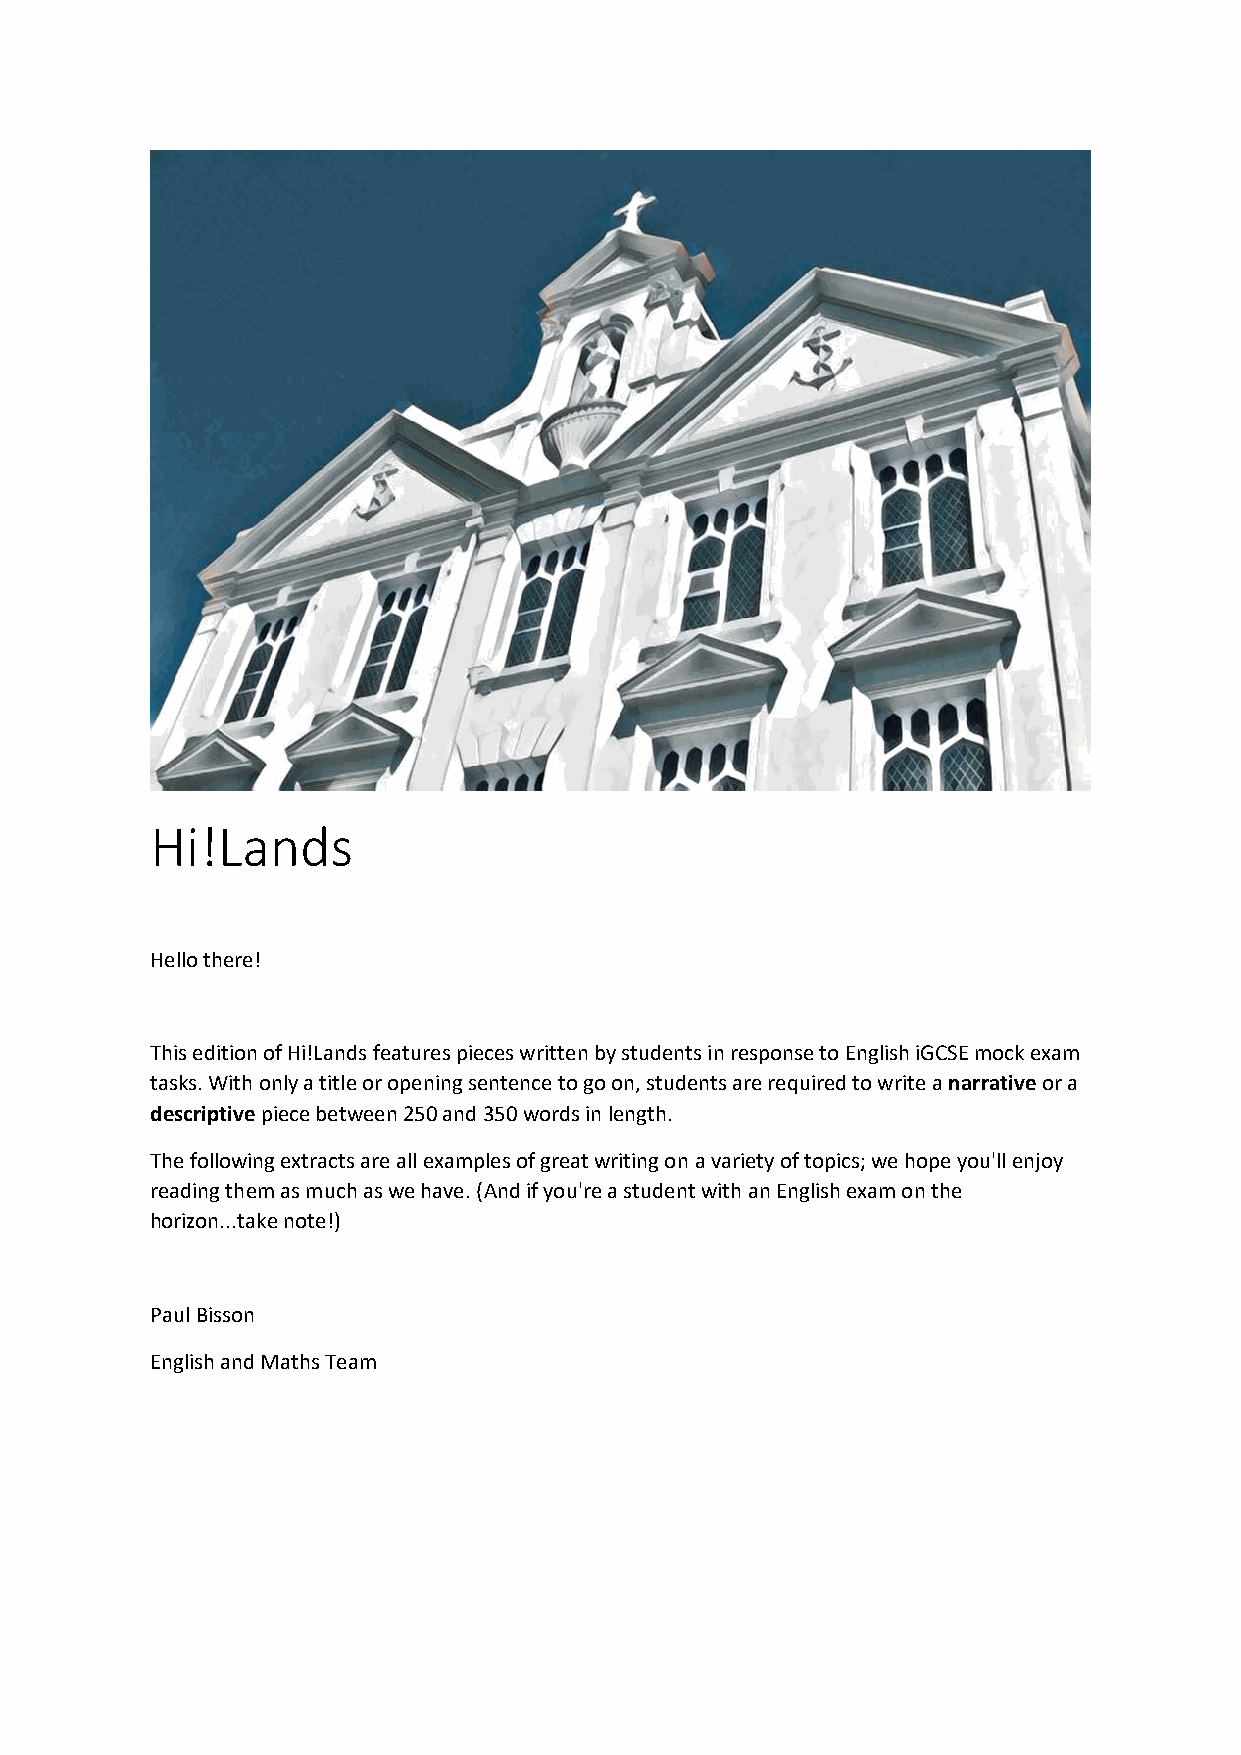
Hi!Lands
 Hello there!
 This edition of Hi!Lands features pieces written by students in response to English iGCSE mock exam
 tasks. With only a title or opening sentence to go on, students are required to write a narrative or a
 descriptive piece between 250 and 350 words in length.
 The following extracts are all examples of great writing on a variety of topics; we hope you'll enjoy
 reading them as much as we have. (And if you're a student with an English exam on the
 horizon...take note!)
 Paul Bisson
 English and Maths Team